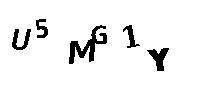
U5MG1Y